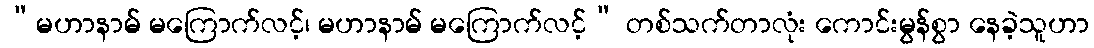
“မဟာနာမ် မကြောက်လင့်၊ မဟာနာမ် မကြောက်လင့်” တစ်သက်တာလုံး ကောင်းမွန်စွာ နေခဲ့သူဟာ